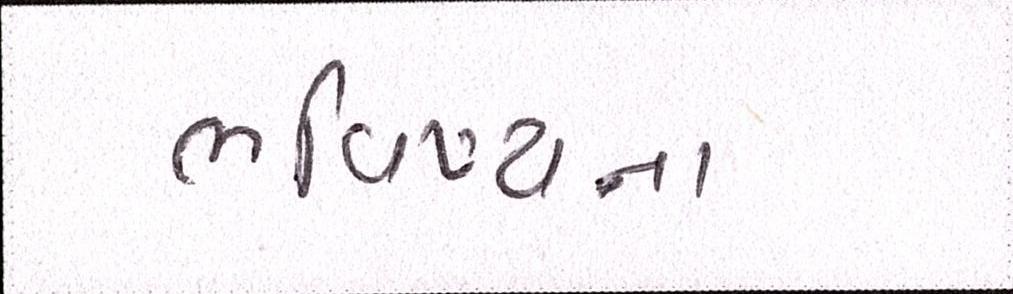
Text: ભવિષ્યના